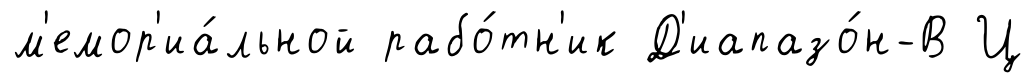
м'емор'иа́льной рабо́тн'ик Д'иапазо́н-В Ц